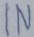
Text: IN